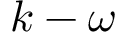
k - \omega